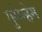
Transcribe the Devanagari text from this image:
गुगेन्हेम